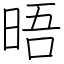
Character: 晤